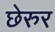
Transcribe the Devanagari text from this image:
छेरुर